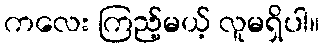
ကလေး ကြည့်မယ့် လူမရှိပါ။